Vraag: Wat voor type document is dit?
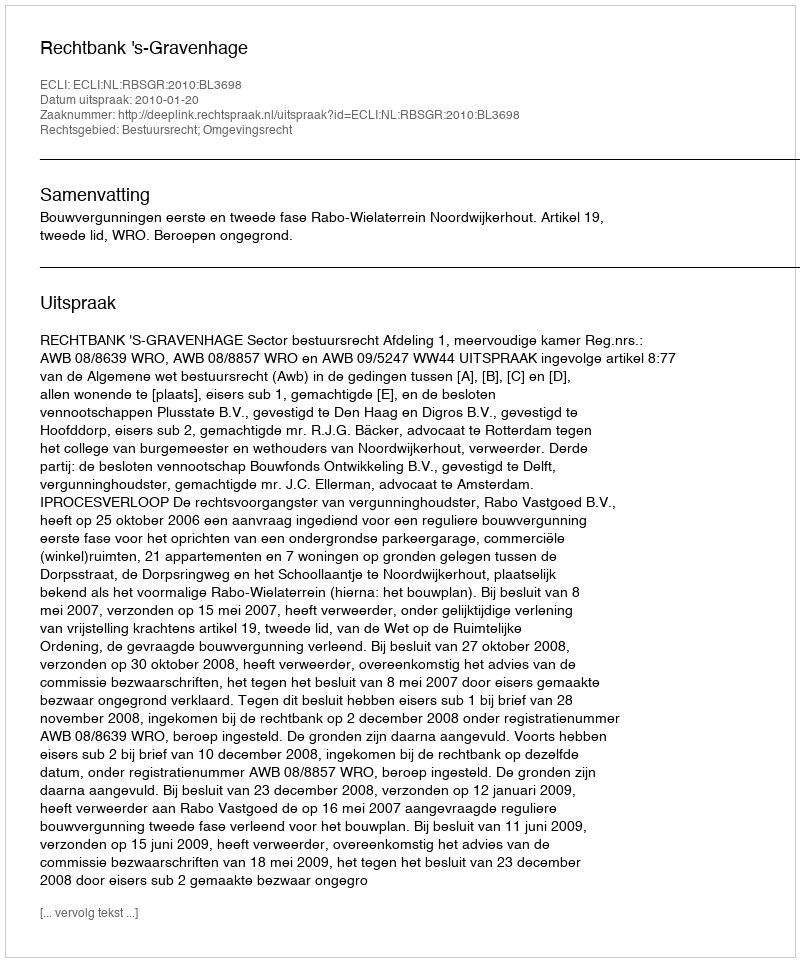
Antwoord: Uitspraak